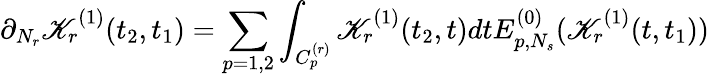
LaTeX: \partial_{N_{r}}\mathscr{K}_{r}^{(1)}(t_{2},t_{1})=\sum_{p=1,2}\int_{C_{p}^{(r)}}\mathscr{K}_{r}^{(1)}(t_{2},t)dtE_{p,N_{s}}^{(0)}(\mathscr{K}_{r}^{(1)}(t,t_{1}))